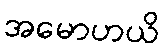
အမောဟယိ